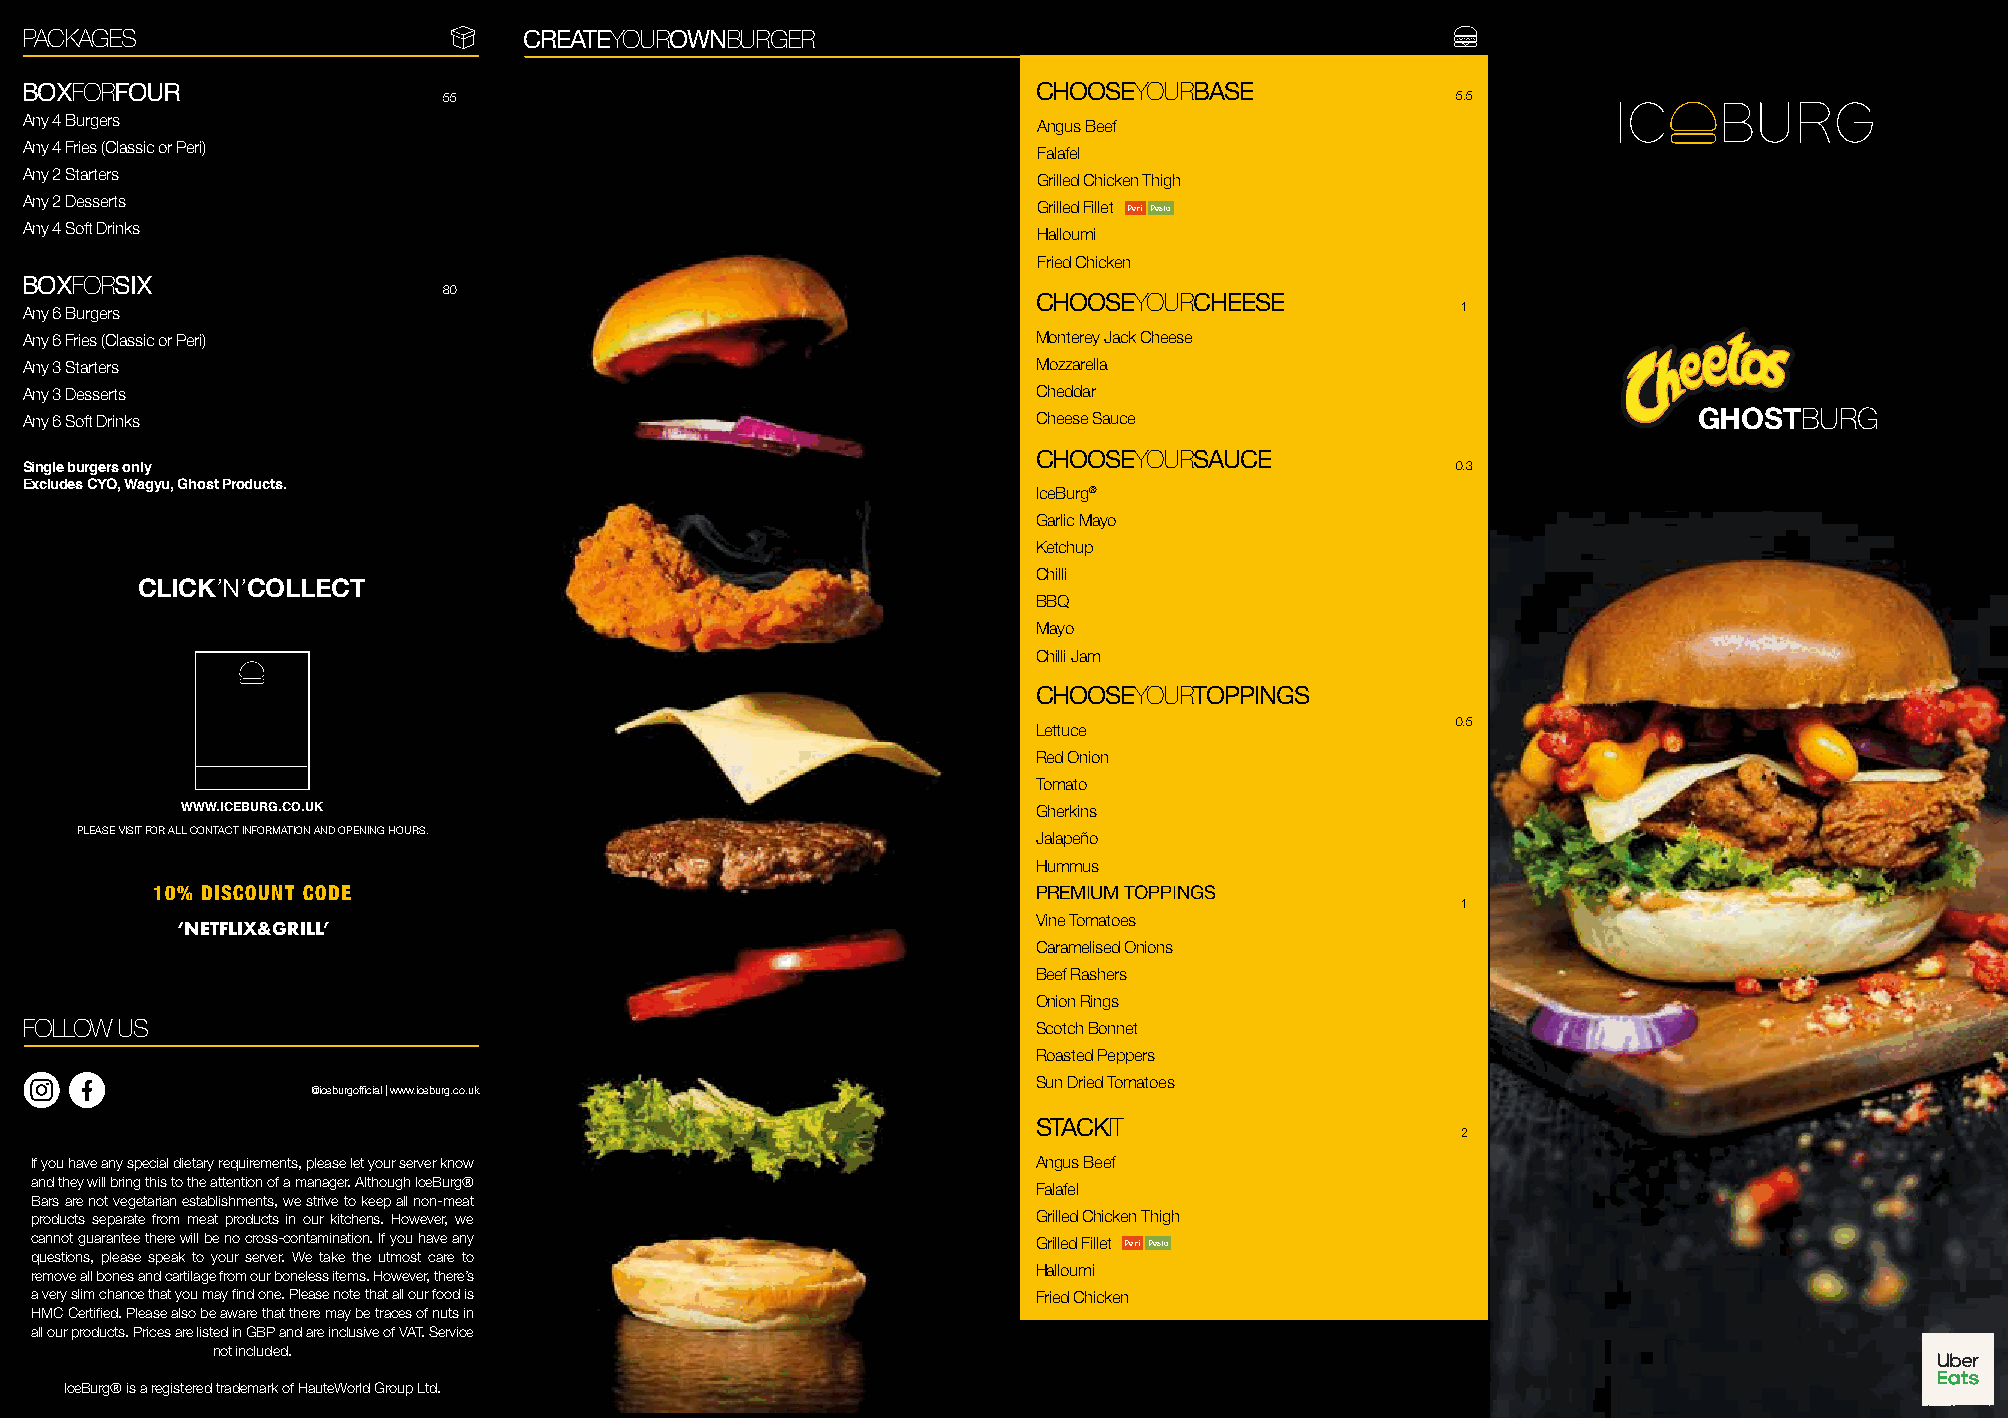
PACKAGES                          CREATEYOUROWNBURGER
 +'#!$#abQR,-(NQRScR
 BOXFORFOUR                                                          CHOOSEYOURBASE
 55                                                                 5.5
 Any 4 Burgers
 Angus Beef
 Any 4 Fries (Classic or Peri)
 Falafel
 Any 2 Starters
 Grilled Chicken Thigh
 Any 2 Desserts
 Grilled Fillet Peri Pesto
 Any 4 Soft Drinks
 Halloumi
 Fried Chicken
 BOXFORSIX
 80
 CHOOSEYOURCHEESE
 Any 6 Burgers                                                                                  1
 Any 6 Fries (Classic or Peri)                                      Monterey Jack Cheese
 Any 3 Starters                                                     Mozzarella
 Any 3 Desserts                                                     Cheddar
 Any 6 Soft Drinks                                          &!*+#   Cheese Sauce                               GHOSTBURG
 +'#!$#abQR,-(NQRScR
 CHOOSEYOURSAUCE
 Single burgers only                                                                           0.3
 Excludes CYO, Wagyu, Ghost Products.
 IceBurg®
 Garlic Mayo
 Ketchup
 Chilli
 CLICK’N’COLLECT
 BBQ
 Mayo
 +.##&C#hilli Jam
 &!*+#      CHOOSEYOURTOPPINGS
 0.5
 Lettuce
 /!&#                                 Red Onion
 Tomato
 WWW.ICEBURG.CO.UK                                        Gherkins
 PLEASE VISIT FOR ALL CONTACT INFORMATION AND OPENING HOURS.     Jalapeño
 +.##&#   Hummus
 10% DISCOUNT CODE                                          PREMIUM TOPPINGS
 1
 Vine Tomatoes
 ‘NETFLIX&GRILL’
 /!&#
 Caramelised Onions
 Beef Rashers
 Onion Rings
 FOLLOW US                                                           Scotch Bonnet
 $,""%()&
 Roasted Peppers
 Sun Dried Tomatoes
 @iceburgofficial | www.iceburg.co.uk
 STACKIT
 2
 $,""%()&
 If you have any special dietary requirements, please let your server know Angus Beef
 and they will bring this to the attention of a manager. Although IceBurg®
 Falafel
 Bars are not vegetarian establishments, we strive to keep all non-meat
 products separate from meat products in our kitchens. However, we  Grilled Chicken Thigh
 cannot guarantee there will be no cross-contamination. If you have any Grilled Fillet Peri Pesto
 questions, please speak to your server. We take the utmost care to
 remove all bones and cartilage from our boneless items. However, there’s Halloumi
 a very slim chance that you may find one. Please note that all our food is Fried Chicken
 HMC Certified. Please also be aware that there may be traces of nuts in
 all our products. Prices are listed in GBP and are inclusive of VAT. Service
 not included.
 IceBurg® is a registered trademark of HauteWorld Group Ltd.